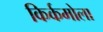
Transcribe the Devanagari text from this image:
किर्कमोला